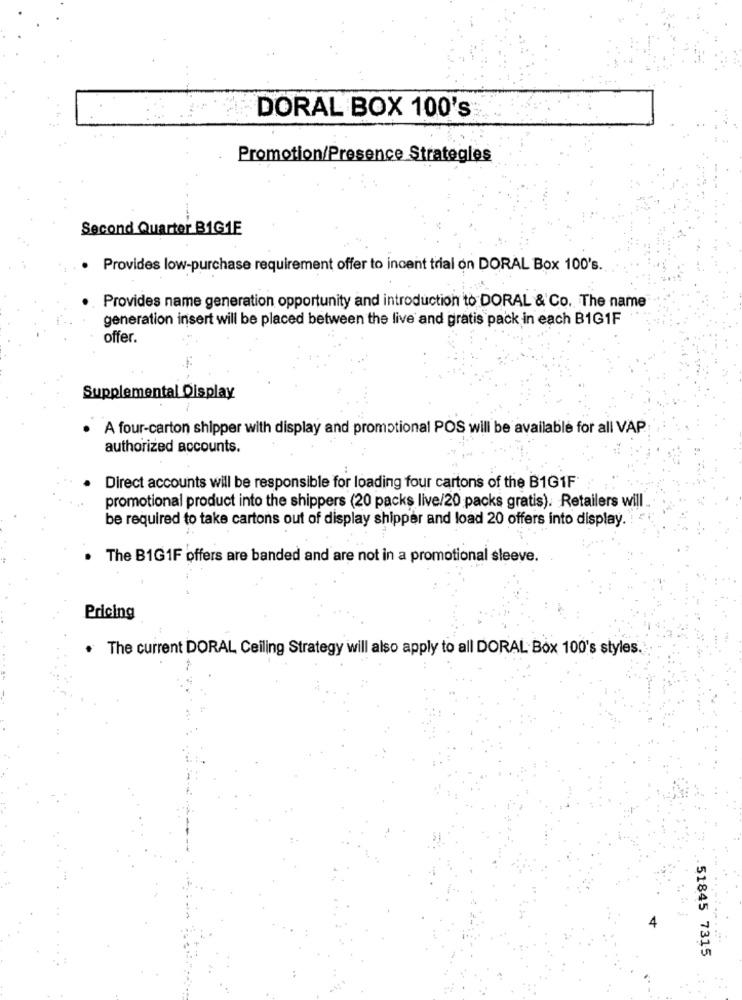
DORAL BOX 100's
Promotion/Presence Strategles
Second Quarter BIG1E
· Provides low-purchase requirement offer to incent trial on DORAL Box 100's.
Provides name generation opportunity and introduction to DORAL & Co. The name
generation insert will be placed between the live and gratis pack in each B1G1F
offer.
Supplemental Display
A four-carton shipper with display and promotional POS will be available for all VAP
authorized accounts.
Direct accounts will be responsible for loading four cartons of the B1G1F
promotional product into the shippers (20 packs live/20 packs gratis). Retailers will.
be required to take cartons out of display shipper and load 20 offers into display .!
The B1G1F offers are banded and are not in a promotional sleeve.
Pricing
. The current DORAL Ceiling Strategy will also apply to all DORAL Box 100's styles.
4
51845 7315